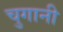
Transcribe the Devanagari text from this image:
चुगानी